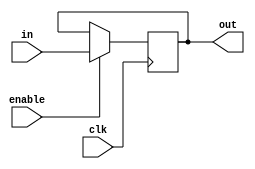
//----------------------------------------------------------------------
//--SAYEH (Simple Architecture Yet Enough Hardware) CPU
//----------------------------------------------------------------------
//Program Counter

`timescale 1 ns /1 ns

module ProgramCounter (in, enable, clk, out);
input [15:0] in;
input enable, clk;
output [15:0] out;
reg [15:0] out;

	always @(negedge clk)
		if (enable) out = in;

endmodule